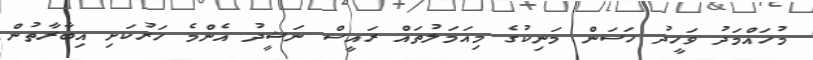
މުހައްމަދު ވަހީދު ހަސަން މަނިކުގެ މިއަމަލުތައް ރައީސް ނަޝީދު އެންމެ ހަރުކަށި އިބާރާތުން